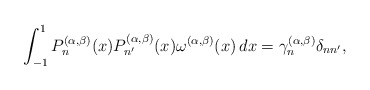
\begin{align*} \int_{-1}^1 {P}_n^{(\alpha,\beta)}(x) {P}_{n'}^{(\alpha,\beta)}(x) \omega^{(\alpha,\beta)}(x) \, dx= \gamma _n^{(\alpha,\beta)} \delta_{nn'},\end{align*}